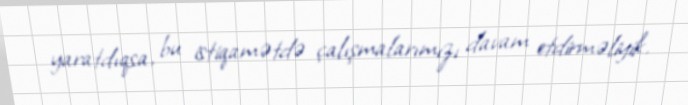
yaratdıqsa, bu istiqamətdə çalışmalarımızı davam etdirməliyik.